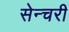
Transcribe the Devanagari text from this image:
सेन्चरी